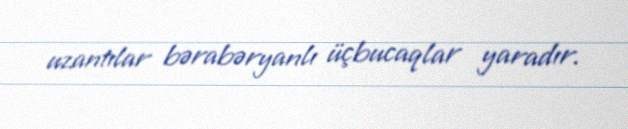
uzantılar bərabəryanlı üçbucaqlar yaradır.